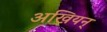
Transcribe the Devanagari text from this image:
अखियन्